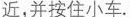
近，并按住小车.